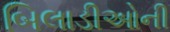
બિલાડીઓની